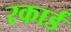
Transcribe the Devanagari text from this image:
रकार्ड